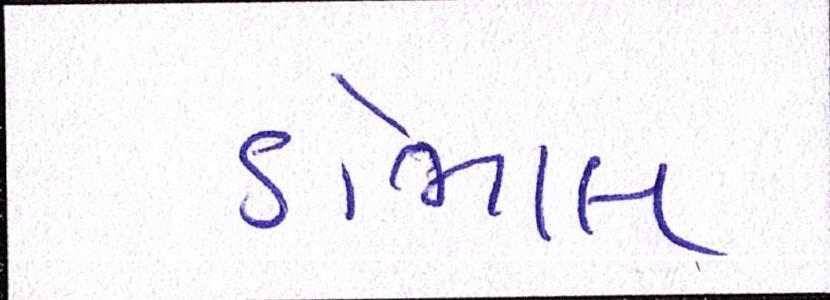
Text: ડોભાલ